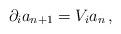
LaTeX: \begin{align*}\partial_i a_{n+1}=V_i a_{n}\,, \end{align*}